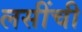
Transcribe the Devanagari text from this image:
लसींची